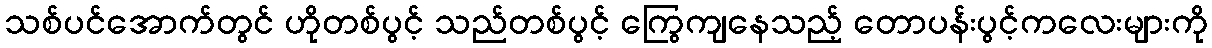
သစ်ပင်အောက်တွင် ဟိုတစ်ပွင့် သည်တစ်ပွင့် ကြွေကျနေသည့် တောပန်းပွင့်ကလေးများကို